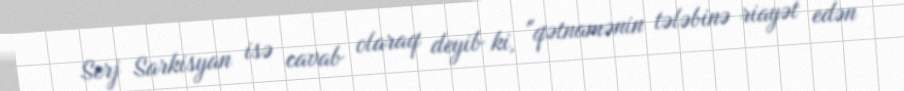
Serj Sarkisyan isə cavab olaraq deyib ki, "qətnamənin tələbinə riayət edən